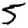
Digit: 5